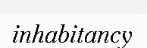
inhabitancy